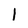
Character: l